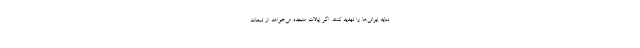
نباید ایرانی‌ها را تهدید کنند. اگر ایالات متحده می‌خواهد از تبعات